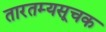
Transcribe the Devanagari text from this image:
तारतम्यसूचक